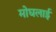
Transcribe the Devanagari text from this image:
मोघलाई